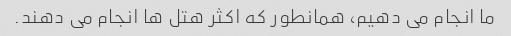
ما انجام می دهیم، همانطور که اکثر هتل ها انجام می دهند.